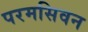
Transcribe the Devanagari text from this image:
परमसिवन